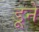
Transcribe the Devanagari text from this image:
डूने